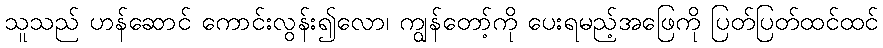
သူသည် ဟန်ဆောင် ကောင်းလွန်း၍လော၊ ကျွန်တော့်ကို ပေးရမည့်အဖြေကို ပြတ်ပြတ်ထင်ထင်